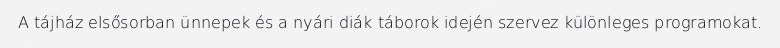
A tájház elsősorban ünnepek és a nyári diák táborok idején szervez különleges programokat.